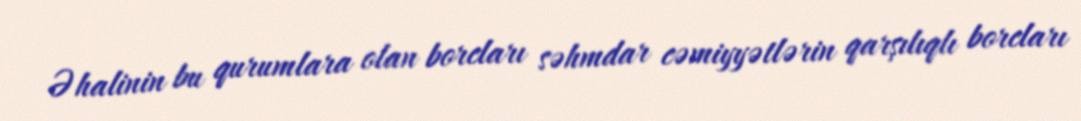
Əhalinin bu qurumlara olan borcları səhmdar cəmiyyətlərin qarşılıqlı borcları